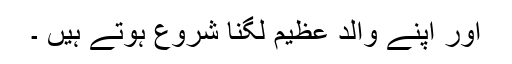
اور اپنے والد عظیم لگنا شروع ہوتے ہیں‌ ۔